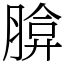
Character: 𦝡